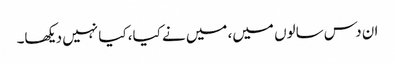
ان دس سالوں میں، میں نے کیا، کیا نہیں دیکھا۔